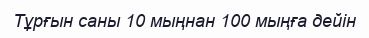
Тұрғын саны 10 мыңнан 100 мыңға дейін